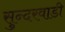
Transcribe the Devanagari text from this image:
सुन्दरवाडी